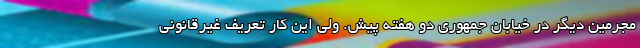
مجرمین دیگر در خیابان جمهوری دو هفته پیش. ولی این کار تعریف غیرقانونی